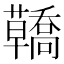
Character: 𧄳